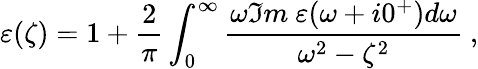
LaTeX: \varepsilon(\zeta)=1+{\frac{2}{\pi}}\int_{0}^{\infty}{\frac{\omega\Im m\ \varepsilon(\omega+i0^{+})d\omega}{\omega^{2}-\zeta^{2}}}\ ,